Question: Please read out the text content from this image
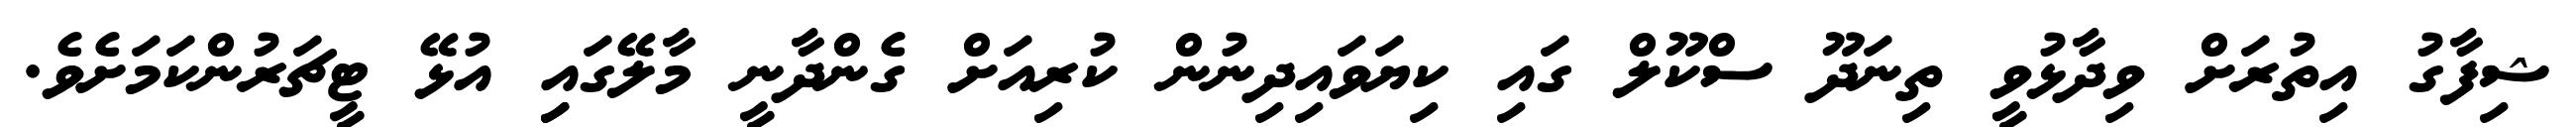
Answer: ޝިފާގު އިތުރަށް ވިދާޅުވީ ތިނަދޫ ސްކޫލް ގައި ކިޔަވައިދިނުން ކުރިއަށް ގެންދާނީ މާލޭގައިި އުޅޭ ޓީޗަރުންކަމަށެވެ.